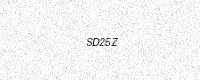
Text: SD25Z